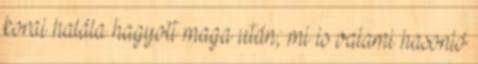
korai halála hagyott maga után; mi is valami hasonló